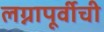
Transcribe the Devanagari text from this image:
लग्नापूर्वीची